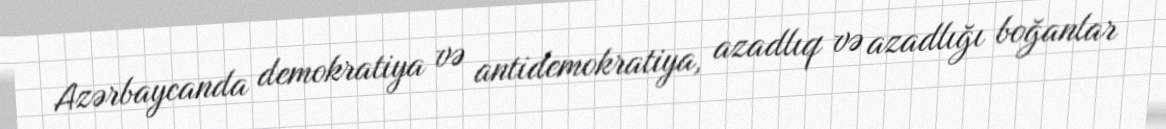
Azərbaycanda demokratiya və antidemokratiya, azadlıq və azadlığı boğanlar